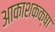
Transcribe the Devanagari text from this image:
आकाशकक्षा